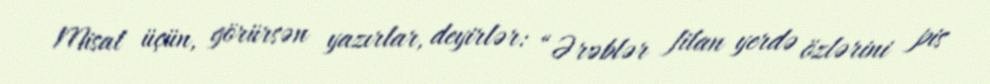
Misal üçün, görürsən yazırlar, deyirlər: “Ərəblər filan yerdə özlərini pis